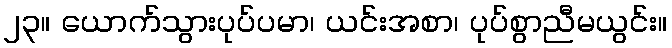
၂၃။ ယောက်သွားပုပ်ပမာ၊ ယင်းအစာ၊ ပုပ်စွာညီမယွင်း။